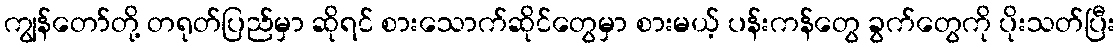
ကျွန်တော်တို့ တရုတ်ပြည်မှာ ဆိုရင် စားသောက်ဆိုင်တွေမှာ စားမယ့် ပန်းကန်တွေ ခွက်တွေကို ပိုးသတ်ပြီး